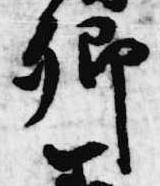
卿